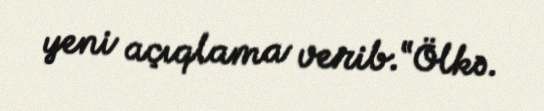
yeni açıqlama verib.“Ölkə.